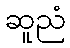
ဆူညံ